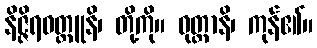
နိဇ္ဇိရဝတ္ထူနိ၊ တို့ကို။ ဝုတ္တာနိ၊ ကုန်၏။